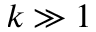
k \gg 1